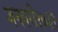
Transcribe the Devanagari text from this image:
जनवरी१७३२